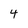
Character: 4